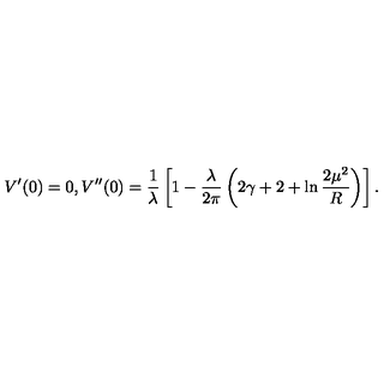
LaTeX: V ^ { \prime } ( 0 ) = 0 , V ^ { \prime \prime } ( 0 ) = \frac { 1 } { \lambda } \left[ 1 - \frac { \lambda } { 2 \pi } \left( 2 \gamma + 2 + \ln \frac { 2 \mu ^ { 2 } } { R } \right) \right] .